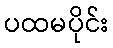
ပထမပိုင်း